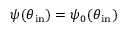
\psi ( \theta _ { \mathrm { i n } } ) = \psi _ { 0 } ( \theta _ { \mathrm { i n } } )